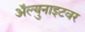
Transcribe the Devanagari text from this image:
ॲल्युनाइटवर